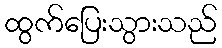
ထွက်ပြေးသွားသည်